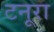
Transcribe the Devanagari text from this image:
टनूरा